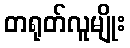
တရုတ်လူမျိုး